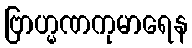
ဗြာဟ္မဏကုမာရေန